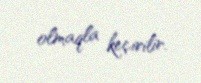
olmaqla keçirilir.